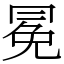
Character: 冕